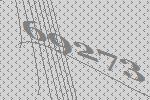
69273